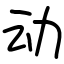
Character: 动